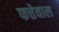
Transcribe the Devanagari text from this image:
फत्तेवाल